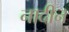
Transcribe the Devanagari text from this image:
नादीन